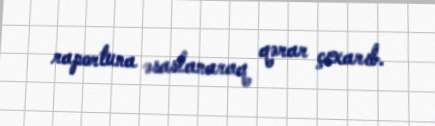
raportuna əsaslanaraq qərar çıxarıb.